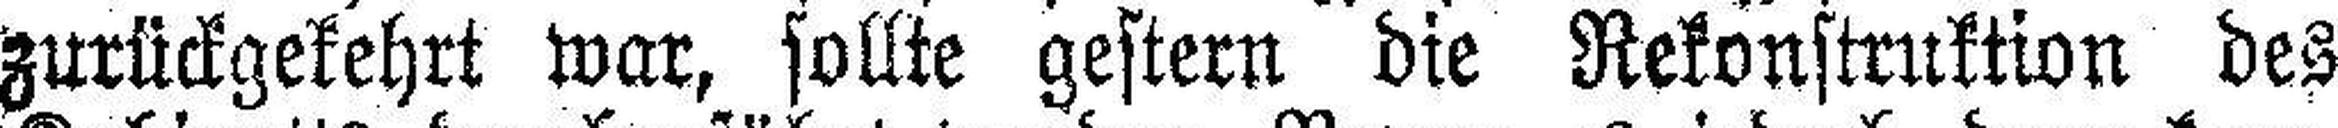
zurückgekehrt war, sollte gestern die Rekonstruktion des